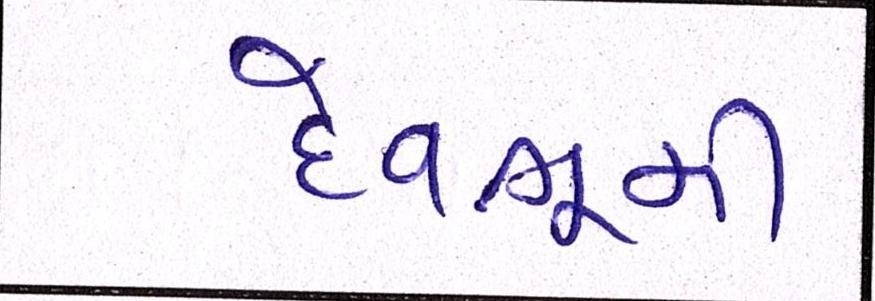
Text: દેવભુમી